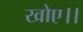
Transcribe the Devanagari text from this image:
खोए।।